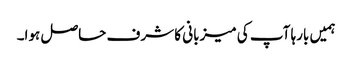
ہمیں بارہا آپ کی میزبانی کا شرف حاصل ہوا۔